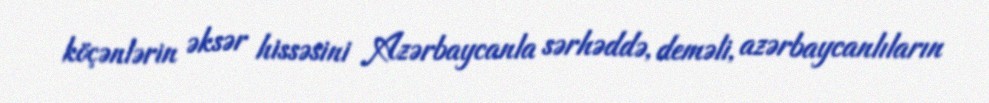
köçənlərin əksər hissəsini Azərbaycanla sərhəddə, deməli, azərbaycanlıların